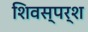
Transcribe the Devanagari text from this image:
शिवस्पर्श